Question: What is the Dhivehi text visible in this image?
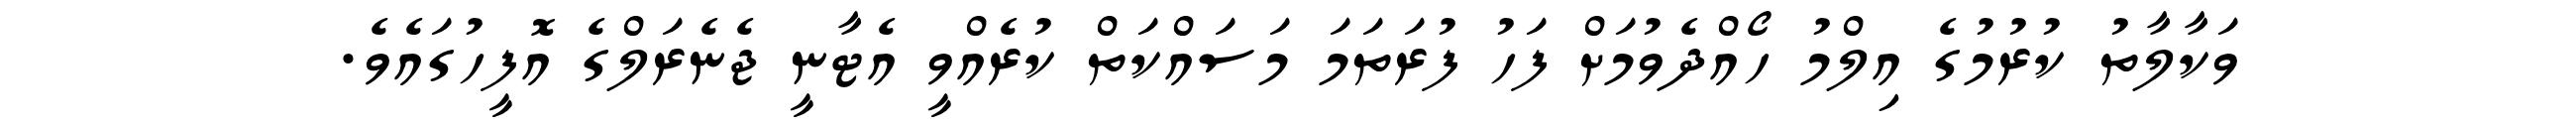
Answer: ވަކާލާތު ކުރުމުގެ އިލްމު ހޯއްދެވުމަށް ފަހު ފުރަތަމަ މަސައްކަތް ކުރެއްވީ އެޓާނީ ޖެނެރަލްގެ އޮފީހުގައެވެ.